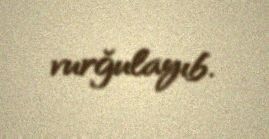
vurğulayıb.